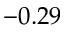
- 0 . 2 9